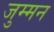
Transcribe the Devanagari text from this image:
जुम्मन